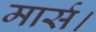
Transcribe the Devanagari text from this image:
मार्स।